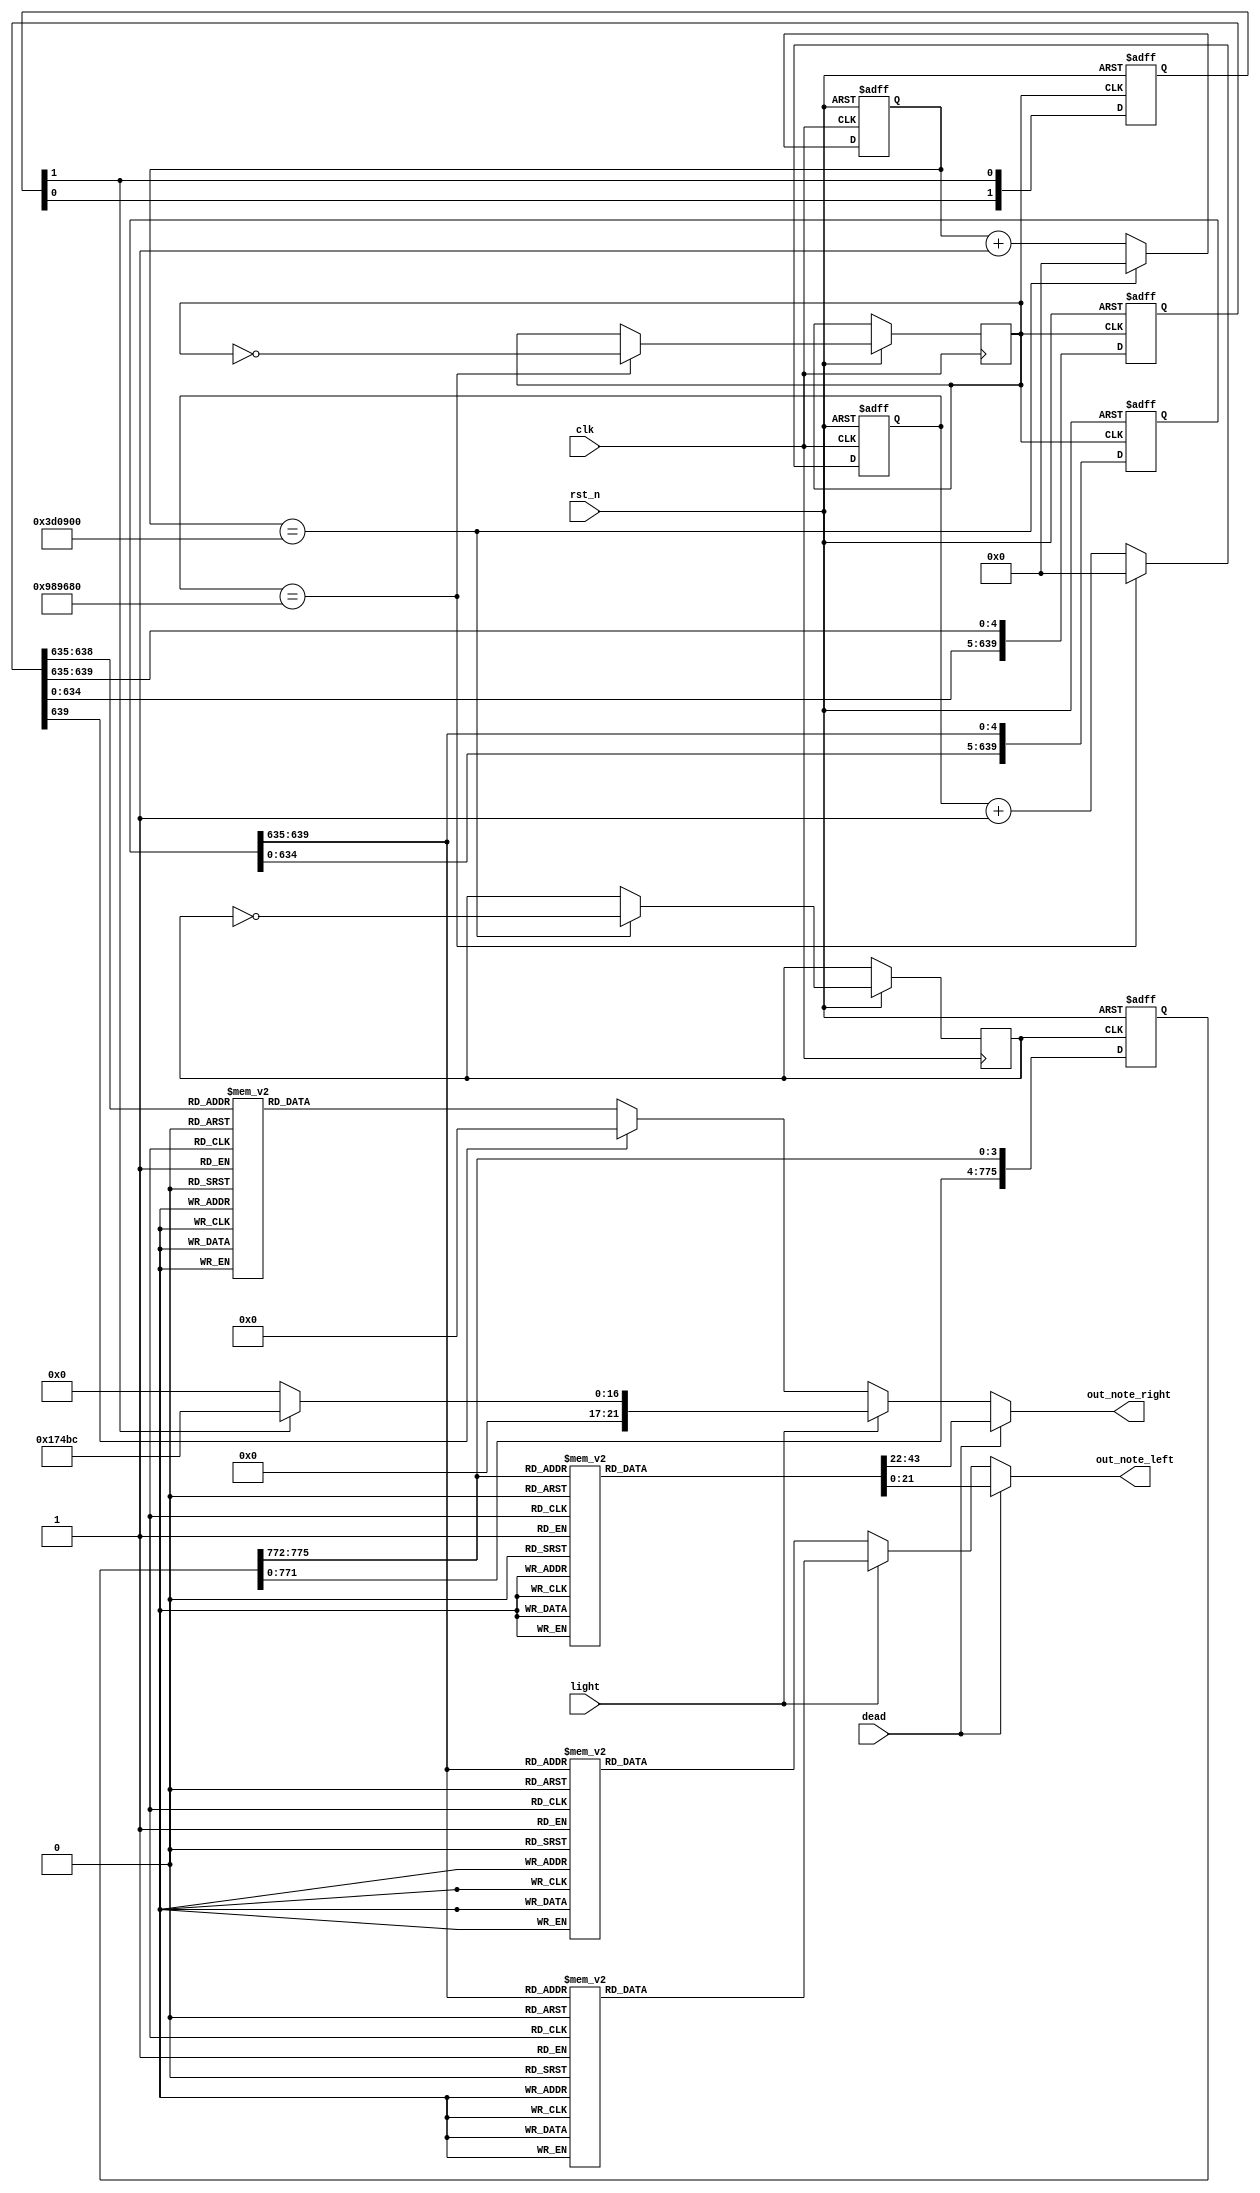
`timescale 1ns / 1ps
//////////////////////////////////////////////////////////////////////////////////
// Company: 
// Engineer: 
// 
// Design Name: 
// Module Name: register
// Project Name: 
// Target Devices: 
// Tool Versions: 
// Description: 
// 
// Dependencies: 
// 
// Revision:
// Revision 0.01 - File Created
// Additional Comments:
// 
//////////////////////////////////////////////////////////////////////////////////


module tone(clk, rst_n, out_note_left, out_note_right, dead, light);
    input clk, rst_n;
    input dead, light;
    output reg [21:0]out_note_left, out_note_right;
    reg [26:0]cnt_1, cnt_1_tmp, cnt_3, cnt_3_tmp;
    reg clk_1, clk_3;
    reg [639:0]q_left, q_right;
    reg [775:0]q_dead;
    reg [1:0]q_light;
    reg [4:0]note_left, note_right;
    reg [3:0]note_dead;
    reg note_light;

    always @(posedge clk or negedge rst_n)
    if(~rst_n)
        cnt_1 <= 27'b0;
    else
    begin
        cnt_1 <= cnt_1_tmp;
        if(cnt_1 == 27'd10000000)
        begin
            clk_1 <= ~clk_1;
            cnt_1 <= 27'b0;
        end
    end
    
    always @*
        cnt_1_tmp = cnt_1 + 1'b1;
    
    always @(posedge clk or negedge rst_n)
    if(~rst_n)
        cnt_3 <= 27'b0;
    else
    begin
        cnt_3 <= cnt_3_tmp;
        if(cnt_3 == 27'd4000000)
        begin
            clk_3 <= ~clk_3;
            cnt_3 <= 27'b0;
        end
    end
    
    always @*
        cnt_3_tmp = cnt_3 + 1'b1;
    
    always @(posedge clk_1 or negedge rst_n)
    if(~rst_n)
        begin
            q_left <= {5'd0, 5'd0, 5'd0, 5'd0, 5'd6, 5'd7, 5'd15, 5'd0, 5'd8, 5'd11, 5'd0, 5'd9, 5'd11, 5'd0, 5'd9, 5'd0,
                       5'd8, 5'd0, 5'd6, 5'd4, 5'd0, 5'd4, 5'd1, 5'd16, 5'd2, 5'd5, 5'd0, 5'd2, 5'd5, 5'd0, 5'd2, 5'd5,
                       5'd5, 5'd0, 5'd0, 5'd0, 5'd0, 5'd5, 5'd18, 5'd17, 5'd3, 5'd8, 5'd0, 5'd3, 5'd8, 5'd0, 5'd19, 5'd0,
                       5'd7, 5'd0, 5'd5, 5'd3, 5'd0, 5'd1, 5'd15, 5'd14, 5'd21, 5'd1, 5'd4, 5'd2, 5'd2, 5'd4, 5'd7, 5'd0,
                       5'd5, 5'd7, 5'd20, 5'd8, 5'd8, 5'd6, 5'd7, 5'd19, 5'd8, 5'd11, 5'd0, 5'd9, 5'd11, 5'd0, 5'd9, 5'd0,
                       5'd11, 5'd0, 5'd9, 5'd8, 5'd0, 5'd6, 5'd7, 5'd8, 5'd19, 5'd12, 5'd0, 5'd10, 5'd12, 5'd0, 5'd10, 5'd9,
                       5'd0, 5'd0, 5'd0, 5'd0, 5'd0, 5'd11, 5'd10, 5'd20, 5'd9, 5'd10, 5'd0, 5'd9, 5'd10, 5'd0, 5'd11, 5'd0,
                       5'd13, 5'd11, 5'd9, 5'd8, 5'd0, 5'd9, 5'd8, 5'd0, 5'd15, 5'd9, 5'd11, 5'd13, 5'd0, 5'd11, 5'd12, 5'd0};
                       
            q_right <= {5'd0, 5'd0, 5'd0, 5'd0, 5'd0, 5'd0, 5'd0, 5'd0, 5'd5, 5'd0, 5'd7, 5'd0, 5'd2, 5'd0, 5'd7, 5'd0,
                        5'd5, 5'd0, 5'd7, 5'd0, 5'd2, 5'd0, 5'd7, 5'd0, 5'd6, 5'd0, 5'd12, 5'd0, 5'd3, 5'd0, 5'd8, 5'd0,
                        5'd6, 5'd0, 5'd11, 5'd0, 5'd14, 5'd0, 5'd3, 5'd0, 5'd2, 5'd0, 5'd8, 5'd0, 5'd4, 5'd0, 5'd8, 5'd0,
                        5'd6, 5'd0, 5'd8, 5'd0, 5'd2, 5'd0, 5'd8, 5'd0, 5'd5, 5'd0, 5'd7, 5'd0, 5'd1, 5'd0, 5'd3, 5'd0,
                        5'd13, 5'd0, 5'd10, 5'd0, 5'd9, 5'd0, 5'd10, 5'd0, 5'd5, 5'd0, 5'd7, 5'd0, 5'd2, 5'd0, 5'd7, 5'd0,
                        5'd5, 5'd0, 5'd7, 5'd0, 5'd2, 5'd0, 5'd7, 5'd0, 5'd6, 5'd0, 5'd12, 5'd0, 5'd3, 5'd0, 5'd8, 5'd0,
                        5'd6, 5'd0, 5'd3, 5'd0, 5'd4, 5'd0, 5'd5, 5'd0, 5'd8, 5'd0, 5'd8, 5'd0, 5'd12, 5'd0, 5'd8, 5'd0,
                        5'd9, 5'd0, 5'd9, 5'd0, 5'd9, 5'd0, 5'd9, 5'd0, 5'd12, 5'd0, 5'd8, 5'd0, 5'd15, 5'd0, 5'd8, 5'd0};
                        
            q_light <= 2'b10;
        end
    else
        begin
            q_left <= { q_left[634:0], q_left[639:635]};
            q_right <= { q_right[634:0], q_right[639:635]};
            q_light <= { q_light[0], q_light[1]};
        end
        
    always @(posedge clk_3 or negedge rst_n)
    if(~rst_n)
        begin
            q_dead <= {4'd0, 4'd0, 4'd5, 4'd0, 4'd5, 4'd0, 4'd5, 4'd0, 4'd3, 4'd3, 4'd3, 4'd3, 4'd3, 4'd3, 4'd3, 4'd3, 4'd3, 4'd3, 4'd3, 4'd3,
                   4'd3, 4'd3, 4'd3, 4'd3, 4'd3, 4'd3, 4'd3, 4'd3, 4'd3, 4'd3, 4'd3, 4'd3, 4'd3, 4'd0, 4'd0, 4'd0,
                   4'd0, 4'd0, 4'd4, 4'd0, 4'd4, 4'd0, 4'd4, 4'd0, 4'd2, 4'd2, 4'd2, 4'd2, 4'd2, 4'd2, 4'd2, 4'd2, 4'd2, 4'd2, 4'd2, 4'd2,
                   4'd2, 4'd2, 4'd2, 4'd2, 4'd2, 4'd2, 4'd2, 4'd2, 4'd2, 4'd2, 4'd2, 4'd2, 4'd2, 4'd0, 4'd0, 4'd0,
                   4'd0, 4'd5, 4'd0, 4'd5, 4'd0, 4'd5, 4'd0, 4'd0, 4'd6, 4'd0, 4'd6, 4'd0, 4'd6, 4'd0, 4'd0, 4'd9, 4'd0, 4'd9, 4'd0, 4'd9, 4'd0, 4'd7, 4'd7, 4'd7, 4'd7,
                   4'd7, 4'd0, 4'd5, 4'd0, 4'd5, 4'd0, 4'd5, 4'd0, 4'd0, 4'd6, 4'd0, 4'd6, 4'd0, 4'd6, 4'd0, 4'd0, 4'd10, 4'd0, 4'd10, 4'd0, 4'd10, 4'd0, 4'd8, 4'd8, 4'd8, 4'd8,
                   4'd8, 4'd0, 4'd11, 4'd0, 4'd11, 4'd0, 4'd10, 4'd0, 4'd9, 4'd9, 4'd9, 4'd9, 4'd9, 4'd0, 4'd11, 4'd0, 4'd11, 4'd0, 4'd10, 4'd0, 4'd9, 4'd9, 4'd9, 4'd9,
                   4'd9, 4'd0, 4'd5, 4'd0, 4'd5, 4'd0, 4'd5, 4'd0, 4'd3, 4'd0, 4'd0, 4'd0, 4'd0, 4'd1, 4'd0, 4'd0, 4'd0, 4'd0, 4'd5, 4'd0, 4'd0, 4'd0, 4'd0,
                   4'd5, 4'd5, 4'd5, 4'd5, 4'd5, 4'd5, 4'd5, 4'd5, 4'd5, 4'd5, 4'd5, 4'd5, 4'd5, 4'd5, 4'd5, 4'd5,
                   4'd5, 4'd5, 4'd5, 4'd5, 4'd5, 4'd0, 4'd0, 4'd0};
        end
    else
        begin
            q_dead <= { q_dead[771:0], q_dead[775:772]};
        end
            
    always @*
    begin
        note_left = q_left[639:635];
        note_right = q_right[639:635];
        note_light = q_light[1];
        note_dead = q_dead[775:772];
    end

    always @*
    begin
        if(dead)
        begin
            case(note_dead)
                4'd0: 
                begin
                    out_note_left = 22'd0;
                    out_note_right = 22'd0;
                end
                4'd1:
                begin
                    out_note_left = 22'd227272;
                    out_note_right = 22'd227272;
                end
                4'd2: 
                begin
                    out_note_left = 22'd202478;
                    out_note_right = 22'd202478;
                end
                4'd3:
                begin
                    out_note_left = 22'd191571;
                    out_note_right = 22'd191571;
                end
                4'd4:
                begin
                    out_note_left = 22'd170648;
                    out_note_right = 22'd170648;
                end
                4'd5: 
                begin
                    out_note_left = 22'd151515;
                    out_note_right = 22'd151515;
                end
                4'd6: 
                begin
                    out_note_left = 22'd143266;
                    out_note_right = 22'd143266;
                end
                4'd7:
                begin
                    out_note_left = 22'd113636;
                    out_note_right = 22'd113636;
                end
                4'd8:
                begin
                    out_note_left = 22'd101215;
                    out_note_right = 22'd101215;
                end
                4'd9:
                begin
                    out_note_left = 22'd95420;
                    out_note_right = 22'd95420;
                end
                4'd10:
                begin
                    out_note_left = 22'd85034;
                    out_note_right = 22'd85034;
                end
                4'd11:
                begin
                    out_note_left = 22'd75758;
                    out_note_right = 22'd75758;
                end
                default:
                begin
                    out_note_left = 22'd0;
                    out_note_right = 22'd0;
                end
            endcase
        end
        else if(light)
        begin 
            if(note_light)
                out_note_right = 22'd95420;
            else
                out_note_right = 22'd0;
                    case(note_left)
                    5'd0: out_note_left = 22'd0;
                    5'd1: out_note_left = 22'd255102;
                    5'd2: out_note_left = 22'd227272;
                    5'd3: out_note_left = 22'd202478;
                    5'd4: out_note_left = 22'd191571;
                    5'd5: out_note_left = 22'd170648;
                    5'd6: out_note_left = 22'd151515;
                    5'd7: out_note_left = 22'd143266;
                    5'd8: out_note_left = 22'd127551;
                    5'd9: out_note_left = 22'd113636;
                    5'd10: out_note_left = 22'd101215;
                    5'd11: out_note_left = 22'd95420;
                    5'd12: out_note_left = 22'd85034;
                    5'd13: out_note_left = 22'd75758;
                    5'd14: out_note_left = 22'd303380;
                    5'd15: out_note_left = 22'd270270;
                    5'd16: out_note_left = 22'd240790;
                    5'd17: out_note_left = 22'd202478;
                    5'd18: out_note_left = 22'd180388;
                    5'd19: out_note_left = 22'd135139;
                    5'd20: out_note_left = 22'd107259;
                    5'd21: out_note_left = 22'd303380;
                    default: out_note_left = 22'd0;
                endcase      
        end
        else
        begin
            case(note_right)
                5'd0: out_note_right = 22'd0;
                5'd1: out_note_right = 22'd1145475;
                5'd2: out_note_right = 22'd1020408;
                5'd3: out_note_right = 22'd909091;
                5'd4: out_note_right = 22'd809848;
                5'd5: out_note_right = 22'd764409;
                5'd6: out_note_right = 22'd681013;
                5'd7: out_note_right = 22'd606722;
                5'd8: out_note_right = 22'd572672;
                5'd9: out_note_right = 22'd510204;
                5'd10: out_note_right = 22'd341577;
                5'd11: out_note_right = 22'd721501;
                5'd12: out_note_right = 22'd540541;
                5'd13: out_note_right = 22'd429037;
                5'd14: out_note_right = 22'd809848;
                5'd15: out_note_right = 22'd606722;
                default: out_note_right = 22'd0;
            endcase
                    case(note_left)
                5'd0: out_note_left = 22'd0;
                5'd1: out_note_left = 22'd255102;
                5'd2: out_note_left = 22'd227272;
                5'd3: out_note_left = 22'd202478;
                5'd4: out_note_left = 22'd191571;
                5'd5: out_note_left = 22'd170648;
                5'd6: out_note_left = 22'd151515;
                5'd7: out_note_left = 22'd143266;
                5'd8: out_note_left = 22'd127551;
                5'd9: out_note_left = 22'd113636;
                5'd10: out_note_left = 22'd101215;
                5'd11: out_note_left = 22'd95420;
                5'd12: out_note_left = 22'd85034;
                5'd13: out_note_left = 22'd75758;
                5'd14: out_note_left = 22'd303380;
                5'd15: out_note_left = 22'd270270;
                5'd16: out_note_left = 22'd240790;
                5'd17: out_note_left = 22'd202478;
                5'd18: out_note_left = 22'd180388;
                5'd19: out_note_left = 22'd135139;
                5'd20: out_note_left = 22'd107259;
                5'd21: out_note_left = 22'd303380;
                default: out_note_left = 22'd0;
            endcase
        end
    end
        
endmodule